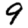
Digit: 9